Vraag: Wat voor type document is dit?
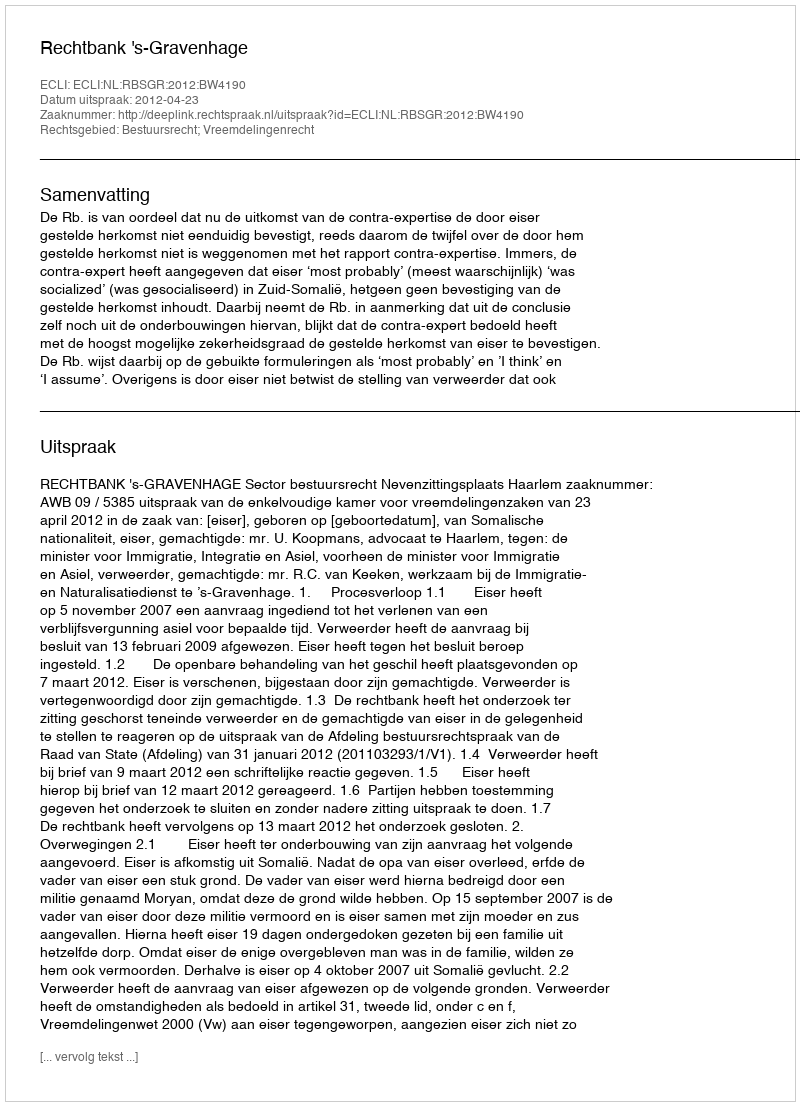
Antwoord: Uitspraak